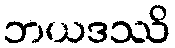
ဘယဒဿိ